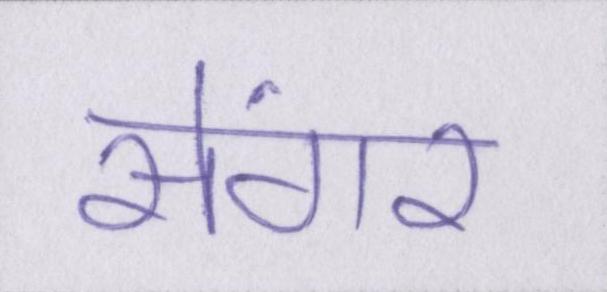
सेंगर